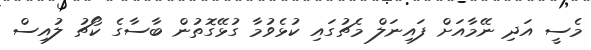
މެސީ އަދި ނޭމާއަށް ފައިނަލް މެޗުގައި ކުޅެވުމާ ގުޅޭގޮތުން ބާސާގެ ކޯޗު ލުއިސް